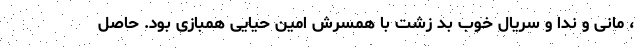
، مانی و ندا و سریال خوب بد زشت با همسرش امین حیایی همبازی بود. حاصل